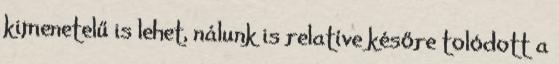
kimenetelű is lehet, nálunk is relatíve későre tolódott a